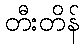
တီးတိန်